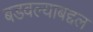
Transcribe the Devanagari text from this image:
बडवल्याबद्दल